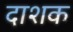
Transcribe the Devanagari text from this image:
दाशक